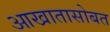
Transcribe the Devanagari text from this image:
आखातासोबत